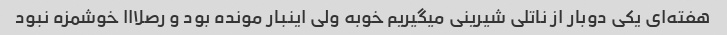
هفته‌ای یکی دوبار از ناتلی شیرینی میگیریم خوبه ولی اینبار مونده بود و رصلااا خوشمزه نبود